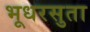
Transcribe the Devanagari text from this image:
भूधरसुता